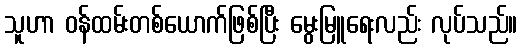
သူဟာ ဝန်ထမ်းတစ်ယောက်ဖြစ်ပြီး မွေးမြူရေးလည်း လုပ်သည်။